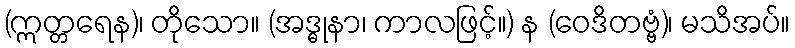
(ဣတ္တရေန)၊ တိုသော။ (အဒ္ဓုနာ၊ ကာလဖြင့်။) န (ဝေဒိတဗ္ဗံ)၊ မသိအပ်။